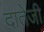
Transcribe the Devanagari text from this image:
दातेजी